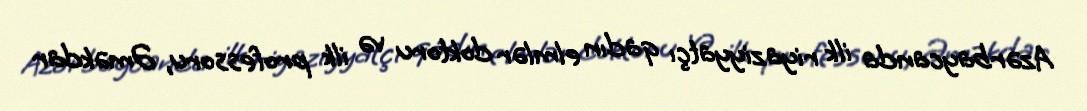
Azərbaycanda ilk riyaziyyatçı qadın elmlər doktoru və ilk professoru, Əməkdar